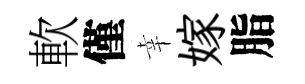
軟僅幸嫁脂